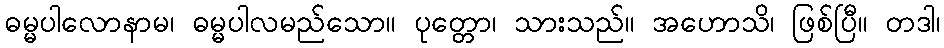
ဓမ္မပါလောနာမ၊ ဓမ္မပါလမည်သော။ ပုတ္တော၊ သားသည်။ အဟောသိ၊ ဖြစ်ပြီ။ တဒါ၊